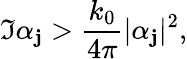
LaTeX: \Im{\alpha_{\mathbf{j}}}>\frac{{k_{0}}}{{4\pi}}|\alpha_{\mathbf{j}}|^{2},